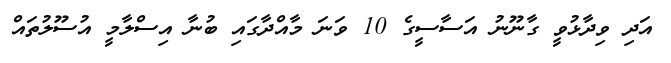
އަދި ވިދާޅުވީ ގާނޫނު އަސާސީގެ 10 ވަނަ މާއްދާގައި ބުނާ އިސްލާމީ އުސޫލުތައް